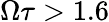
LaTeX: \Omega\tau>1.6